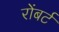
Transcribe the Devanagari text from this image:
रोंबर्ट